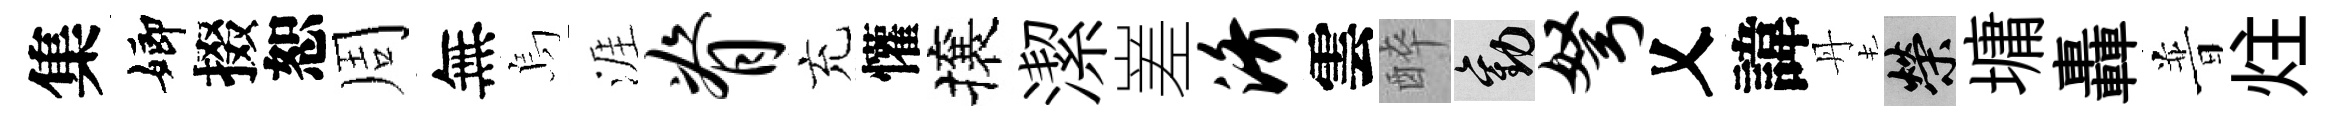
集嫏掇恕周無烏涯脊充懽攘潔嵳济雲醉勸弩乂諱丹榮墉轟普炷